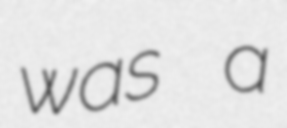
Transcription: was a